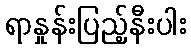
ရာနှုန်းပြည့်နီးပါး